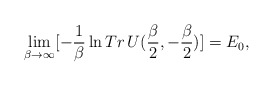
\begin{align*}\lim_{\beta\to\infty}[-\frac{1}{\beta}\ln Tr\,U(\frac{\beta}{2},-\frac{\beta}{2})]=E_0,\end{align*}